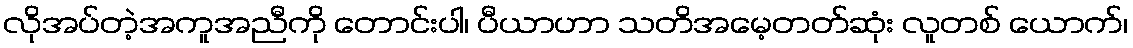
လိုအပ်တဲ့အကူအညီကို တောင်းပါ၊ ပီယာဟာ သတိအမေ့တတ်ဆုံး လူတစ် ယောက်၊